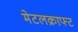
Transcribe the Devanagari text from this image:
मेटलक्राफ्ट